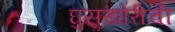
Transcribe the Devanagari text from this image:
घुसखोरीची